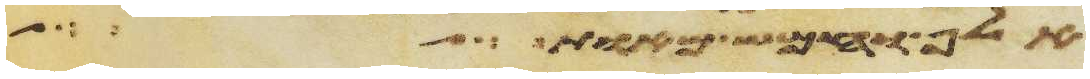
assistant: אלף וחמש מאות אלה